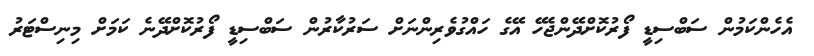
އެހެންކަމުން ސަބްސިޑީ ފޯރުކޮށްދޭންޖެހޭ އޭގެ ހައްގުވެރިންނަށް ސަރުކާރުން ސަބްސިޑީ ފޯރުކޮށްދޭނެ ކަމަށް މިނިސްޓަރު